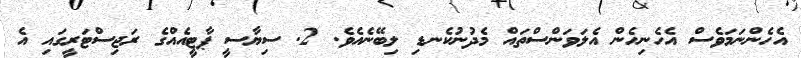
އެހެންނަމަވެސް އެހެނިހެން އެލަވަންސްތައް މެދުނުކެނޑި ލިބޭނެއެވެ. 2. ސިޔާސީ ޕާޓީއެއްގެ ރަޖިސްޓަރީގައި އެ